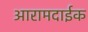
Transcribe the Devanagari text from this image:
आरामदाईक